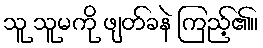
သူ သူမကို ဖျတ်ခနဲ ကြည့်၏။